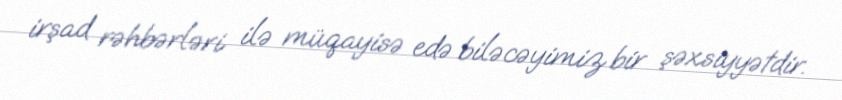
irşad rəhbərləri ilə müqayisə edə biləcəyimiz bir şəxsiyyətdir.